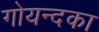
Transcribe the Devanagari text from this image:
गोयन्‍दका